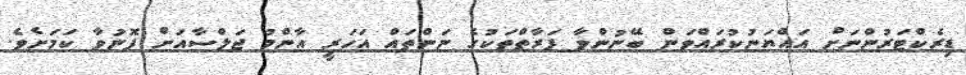
ޑިރެކްޓަރުންނަށް އައްޔަނުކުރައްވަން ބޭނުންވާ ފަރާތްތަކުގެ ނަންތައް އަހަރީ އާންމު ޖަލްސާއަށް ފޮނުވާ ކަމަށެވެ.